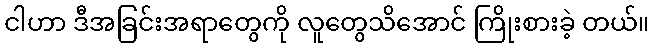
ငါဟာ ဒီအခြင်းအရာတွေကို လူတွေသိအောင် ကြိုးစားခဲ့ တယ်။